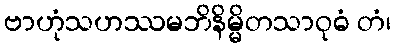
ဗာဟုံသဟဿမဘိနိမ္မိတသာဝုဓံ တံ၊